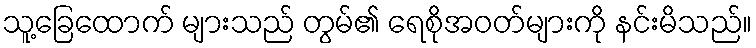
သူ့ခြေထောက် များသည် တွမ်၏ ရေစိုအဝတ်များကို နင်းမိသည်။